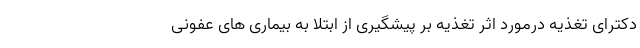
دکترای تغذیه درمورد اثر تغذیه بر پیشگیری از ابتلا به بیماری های عفونی